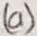
Text: (a)